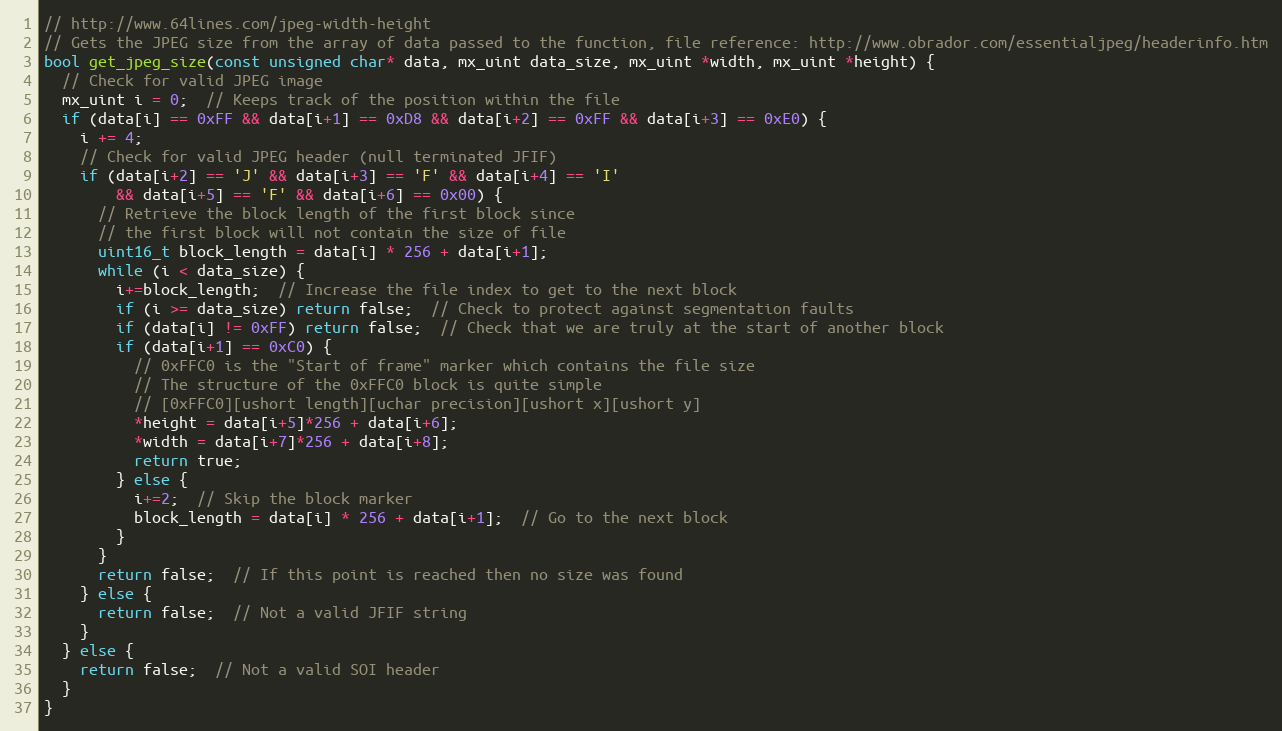
Language: C++
// http://www.64lines.com/jpeg-width-height
// Gets the JPEG size from the array of data passed to the function, file reference: http://www.obrador.com/essentialjpeg/headerinfo.htm
bool get_jpeg_size(const unsigned char* data, mx_uint data_size, mx_uint *width, mx_uint *height) {
  // Check for valid JPEG image
  mx_uint i = 0;  // Keeps track of the position within the file
  if (data[i] == 0xFF && data[i+1] == 0xD8 && data[i+2] == 0xFF && data[i+3] == 0xE0) {
    i += 4;
    // Check for valid JPEG header (null terminated JFIF)
    if (data[i+2] == 'J' && data[i+3] == 'F' && data[i+4] == 'I'
        && data[i+5] == 'F' && data[i+6] == 0x00) {
      // Retrieve the block length of the first block since
      // the first block will not contain the size of file
      uint16_t block_length = data[i] * 256 + data[i+1];
      while (i < data_size) {
        i+=block_length;  // Increase the file index to get to the next block
        if (i >= data_size) return false;  // Check to protect against segmentation faults
        if (data[i] != 0xFF) return false;  // Check that we are truly at the start of another block
        if (data[i+1] == 0xC0) {
          // 0xFFC0 is the "Start of frame" marker which contains the file size
          // The structure of the 0xFFC0 block is quite simple
          // [0xFFC0][ushort length][uchar precision][ushort x][ushort y]
          *height = data[i+5]*256 + data[i+6];
          *width = data[i+7]*256 + data[i+8];
          return true;
        } else {
          i+=2;  // Skip the block marker
          block_length = data[i] * 256 + data[i+1];  // Go to the next block
        }
      }
      return false;  // If this point is reached then no size was found
    } else {
      return false;  // Not a valid JFIF string
    }
  } else {
    return false;  // Not a valid SOI header
  }
}